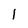
Character: 1